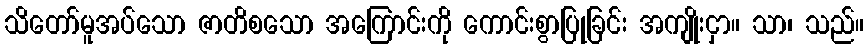
သိတော်မူအပ်သော ဇာတိစသော အကြောင်းကို ကောင်းစွာပြုခြင်း အကျိုးငှာ။ သာ၊ သည်။